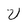
Character: V